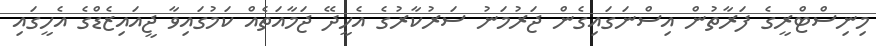
މިނިސްޓްރީގެ ފަރާތުން އިސްނަގައިގެން ޖަރުމަނު ސަރުކާރުގެ އެހީދޭ ޖަމާއަތެއް ކަމުގައިވާ ޖީއައިޒެޑްގެ އެހީގައި